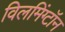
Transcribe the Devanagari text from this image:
विलमिंग्टॉन